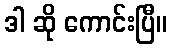
ဒါ ဆို ကောင်းပြီ။